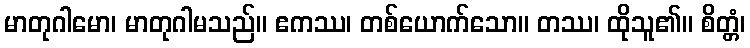
မာတုဂါမော၊ မာတုဂါမသည်။ ဧကဿ၊ တစ်ယောက်သော။ တဿ၊ ထိုသူ၏။ စိတ္တံ၊